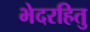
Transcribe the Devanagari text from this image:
भेदरहितु